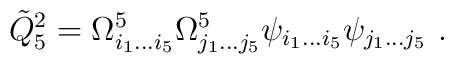
{\tilde Q}_5^2=\Omega^5_{i_1\dots i_5}\Omega^5_{j_1\dots j_5}       \psi_{i_1\dots i_5}\psi_{j_1\dots j_5}\ .